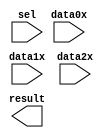
// megafunction wizard: %LPM_MUX%VBB%
// GENERATION: STANDARD
// VERSION: WM1.0
// MODULE: lpm_mux 

// ============================================================
// Megafunction Name(s):
// 			lpm_mux
//
// Simulation Library Files(s):
// 			lpm
// ============================================================
// ************************************************************
// THIS IS A WIZARD-GENERATED FILE. DO NOT EDIT THIS FILE!
//
// 9.0 Build 184 04/29/2009 SP 1 SJ Web Edition
// ************************************************************

//Copyright (C) 1991-2009 Altera Corporation
//Your use of Altera Corporation's design tools, logic functions 
//and other software and tools, and its AMPP partner logic 
//functions, and any output files from any of the foregoing 
//(including device programming or simulation files), and any 
//associated documentation or information are expressly subject 
//to the terms and conditions of the Altera Program License 
//Subscription Agreement, Altera MegaCore Function License 
//Agreement, or other applicable license agreement, including, 
//without limitation, that your use is for the sole purpose of 
//programming logic devices manufactured by Altera and sold by 
//Altera or its authorized distributors.  Please refer to the 
//applicable agreement for further details.

module mux4_1 (
	data0x,
	data1x,
	data2x,
	sel,
	result);

	input	[9:0]  data0x;
	input	[9:0]  data1x;
	input	[9:0]  data2x;
	input	[1:0]  sel;
	output	[9:0]  result;

endmodule

// ============================================================
// CNX file retrieval info
// ============================================================
// Retrieval info: PRIVATE: INTENDED_DEVICE_FAMILY STRING "FLEX10KE"
// Retrieval info: PRIVATE: SYNTH_WRAPPER_GEN_POSTFIX STRING "0"
// Retrieval info: CONSTANT: LPM_SIZE NUMERIC "3"
// Retrieval info: CONSTANT: LPM_TYPE STRING "LPM_MUX"
// Retrieval info: CONSTANT: LPM_WIDTH NUMERIC "10"
// Retrieval info: CONSTANT: LPM_WIDTHS NUMERIC "2"
// Retrieval info: USED_PORT: data0x 0 0 10 0 INPUT NODEFVAL data0x[9..0]
// Retrieval info: USED_PORT: data1x 0 0 10 0 INPUT NODEFVAL data1x[9..0]
// Retrieval info: USED_PORT: data2x 0 0 10 0 INPUT NODEFVAL data2x[9..0]
// Retrieval info: USED_PORT: result 0 0 10 0 OUTPUT NODEFVAL result[9..0]
// Retrieval info: USED_PORT: sel 0 0 2 0 INPUT NODEFVAL sel[1..0]
// Retrieval info: CONNECT: result 0 0 10 0 @result 0 0 10 0
// Retrieval info: CONNECT: @data 0 0 10 20 data2x 0 0 10 0
// Retrieval info: CONNECT: @data 0 0 10 10 data1x 0 0 10 0
// Retrieval info: CONNECT: @data 0 0 10 0 data0x 0 0 10 0
// Retrieval info: CONNECT: @sel 0 0 2 0 sel 0 0 2 0
// Retrieval info: LIBRARY: lpm lpm.lpm_components.all
// Retrieval info: GEN_FILE: TYPE_NORMAL mux4_1.v TRUE
// Retrieval info: GEN_FILE: TYPE_NORMAL mux4_1.inc FALSE
// Retrieval info: GEN_FILE: TYPE_NORMAL mux4_1.cmp TRUE
// Retrieval info: GEN_FILE: TYPE_NORMAL mux4_1.bsf TRUE FALSE
// Retrieval info: GEN_FILE: TYPE_NORMAL mux4_1_inst.v FALSE
// Retrieval info: GEN_FILE: TYPE_NORMAL mux4_1_bb.v TRUE
// Retrieval info: LIB_FILE: lpm